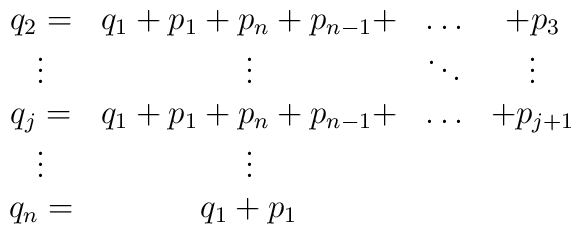
\begin{array}{cccc}q_2= & q_1+p_1+p_n+p_{n-1}+ & \ldots & +p_3 \\ \vdots & \vdots&\ddots&\vdots \\ q_j=&q_1+p_1+p_n+p_{n-1}+&\ldots&+p_{j+1} \\ \vdots & \vdots&& \\ q_n=&q_1+p_1&&\end{array}